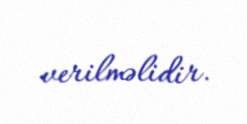
verilməlidir.